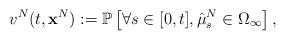
LaTeX: \begin{align*}v^N(t,\mathbf{x}^N) := \mathbb{P} \left [ \forall s \in [0,t], \hat{\mu}_s^N \in \Omega_{\infty} \right ],\end{align*}